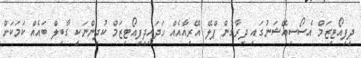
ދީފިއޯޓިޒަމް އެސޯސިއޭޝަނުގައި ދިރާގުން ޕްލޭ އޭރިއާއެއް ހަދައިދީފިއޯޓިޒަމް ކުދިންނަކީ ގާބިލް ބައެއް ކަމަކަށް